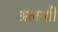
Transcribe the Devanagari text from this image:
अलाग्री